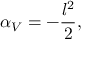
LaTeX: \alpha _ { V } = - \frac { l ^ { 2 } } { 2 } , \; \;